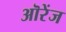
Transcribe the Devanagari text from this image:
ऒरेंज